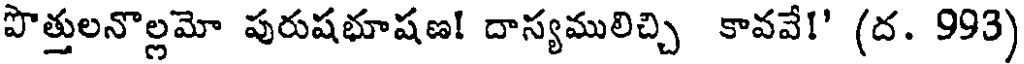
పొత్తులనొల్లమో పురుషభూషణ! దాస్యములిచ్చి కావవే!' (ద. 993)